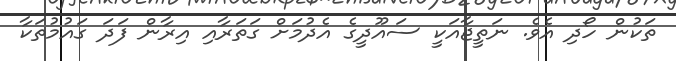
ތަކުން ހޯދި އެވެ. ނަތީޖާއަކީ ސައޫދީގެ އެދުމަށް ގަތަރާއި އިރާން ފަދަ ގައުމުތަކާ